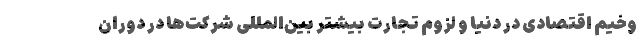
وخیم اقتصادی در دنیا و لزوم تجارت بیشتر بین‌المللی شرکت‌ها در دوران